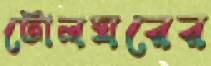
টোলঘরের